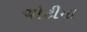
ચોટીયા